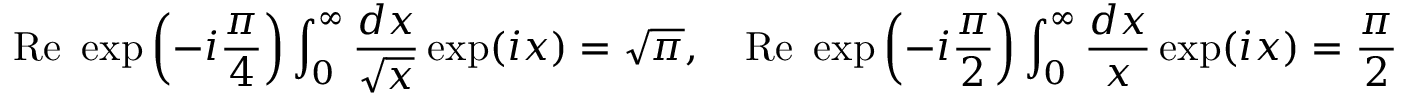
\mathrm { R e } ~ \exp \left( - i \frac { \pi } { 4 } \right) \int _ { 0 } ^ { \infty } \frac { d x } { \sqrt { x } } \exp ( i x ) = \sqrt { \pi } , \quad \mathrm { R e } ~ \exp \left( - i \frac { \pi } { 2 } \right) \int _ { 0 } ^ { \infty } \frac { d x } { x } \exp ( i x ) = \frac { \pi } { 2 }